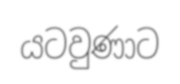
යටවුණාට